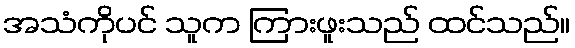
အသံကိုပင် သူက ကြားဖူးသည် ထင်သည်။